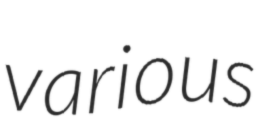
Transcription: various